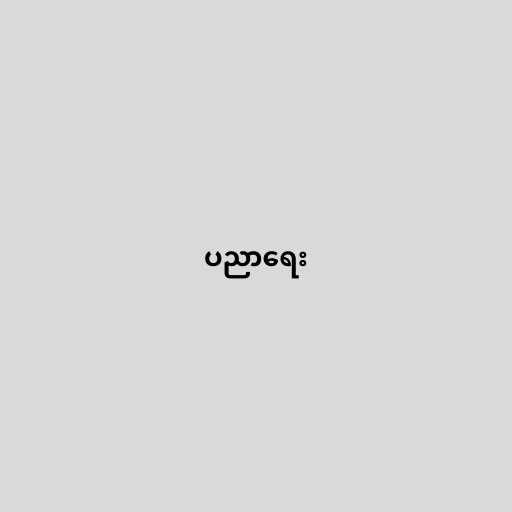
ပညာရေး